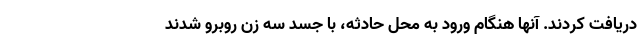
دریافت کردند. آنها هنگام ورود به محل حادثه، با جسد سه زن روبرو شدند